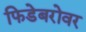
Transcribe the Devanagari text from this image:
फिडेबरोवर